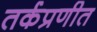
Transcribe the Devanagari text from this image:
तर्कप्रणीत